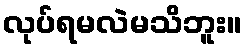
လုပ်ရမလဲမသိဘူး။